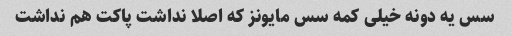
سس یه دونه خیلی کمه سس مایونز که اصلا نداشت پاکت هم نداشت